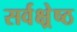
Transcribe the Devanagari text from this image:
सर्वक्ष्रेष्ठ